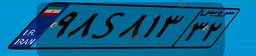
۹۸S۸۱۳۳۲